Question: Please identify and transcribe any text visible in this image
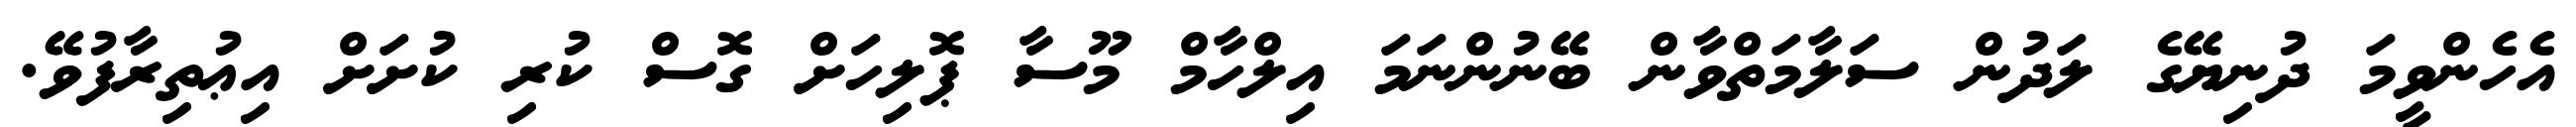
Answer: އެހެންވީމަ ދުނިޔޭގެ ލަދުން ސަލާމަތްވާން ބޭނުންނަމަ އިލްހާމް މޫސާ ޕޮލިހަށް ގޮސް ކުރި ކުށަށް އިޢުތިރާފުވޭ.